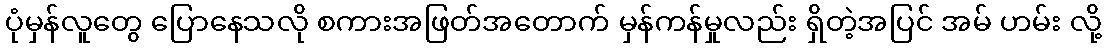
ပုံမှန်လူတွေ ပြောနေသလို စကားအဖြတ်အတောက် မှန်ကန်မှုလည်း ရှိတဲ့အပြင် အမ် ဟမ်း လို့